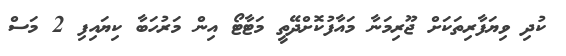
ކުދި ވިޔަފާރިތަކަށް ޖޫރިމަނާ މައާފުކޮށްދޭތީ މަޓާޓޯ އިން މަރުހަބާ ކިޔައިފި 2 މަސް